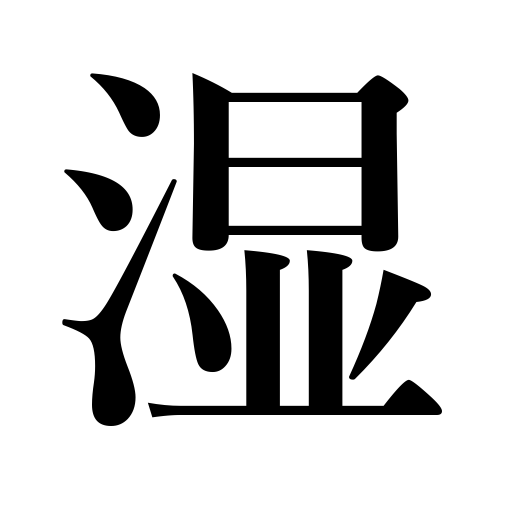
Meanings: dampen,dampness,moisture,get moist,get damp,get wet,wet,itch,moisten